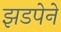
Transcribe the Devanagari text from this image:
झडपेने